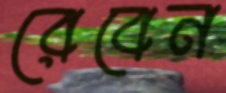
রেবেন